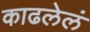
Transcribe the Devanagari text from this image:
काढलेलं